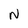
Character: N